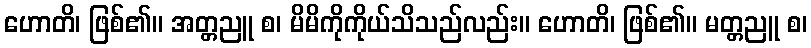
ဟောတိ၊ ဖြစ်၏။ အတ္တညူ စ၊ မိမိကိုကိုယ်သိသည်လည်း။ ဟောတိ၊ ဖြစ်၏။ မတ္တညူ စ၊